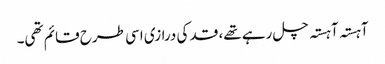
آہستہ آہستہ چل رہے تھے، قد کی درازی اسی طرح قائم تھی۔